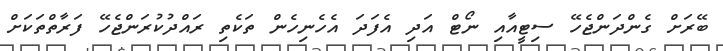
ބޭރަށް ގެންދަންޖެހޭ ސިޓީއާއި ނޯޓް އަދި އެފަދަ އެހެނިހެން ތަކެތި ރައްދުކުރަންޖެހޭ ފަރާތްތަކަށް